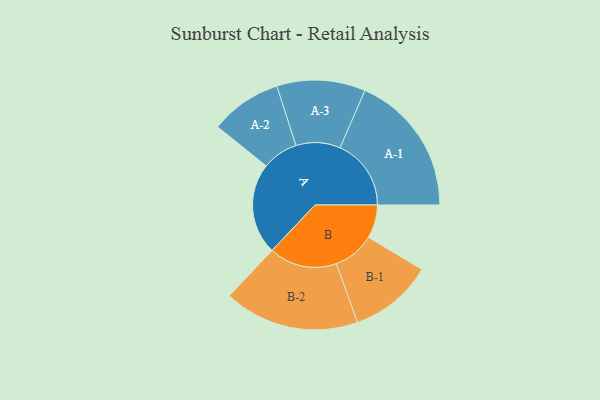
{"axis": {"x": "Segment", "y": "Value"}, "legend": ["", "A", "B"], "data": [{"x": "A", "y": 357, "type": ""}, {"x": "B", "y": 130, "type": ""}, {"x": "A-1", "y": 278, "type": "A"}, {"x": "A-2", "y": 140, "type": "A"}, {"x": "A-3", "y": 173, "type": "A"}, {"x": "B-1", "y": 163, "type": "B"}, {"x": "B-2", "y": 265, "type": "B"}]}